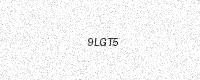
Text: 9LGT5